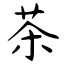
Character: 茶